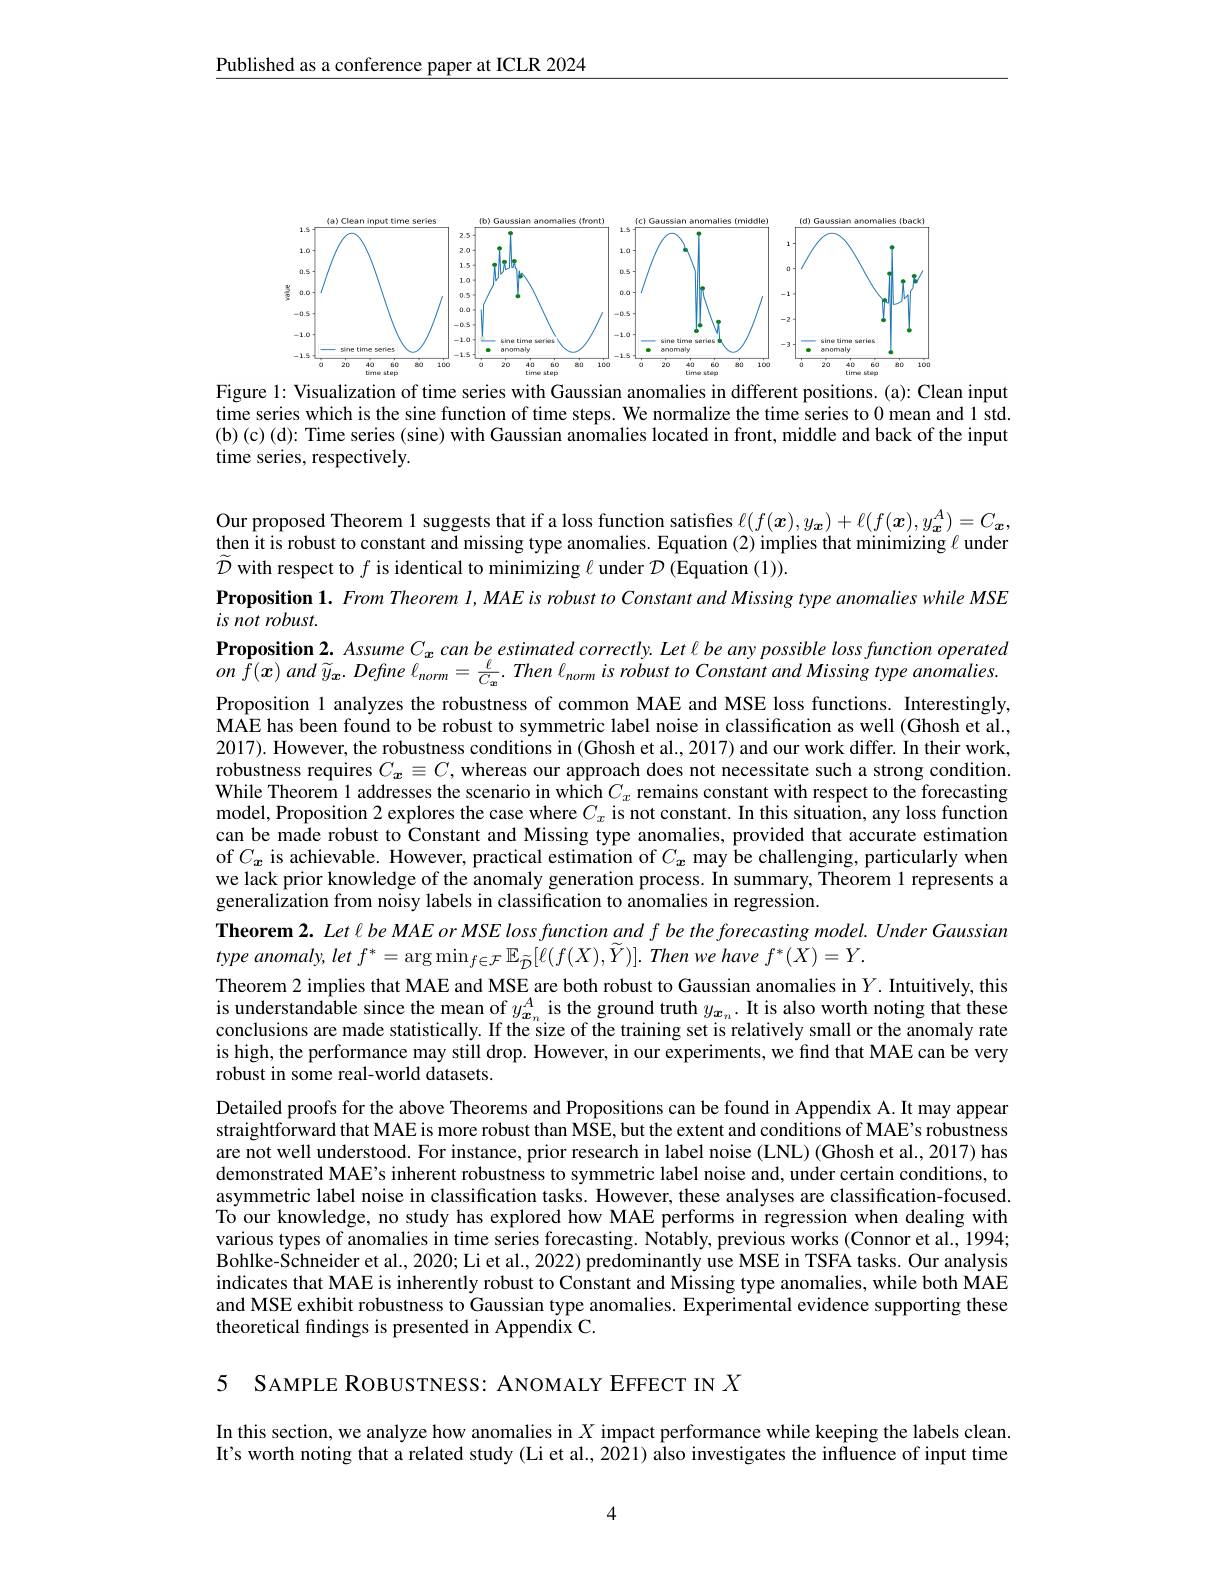
$\underline{\text{Published as a conference paper at ICLR 2024}}$

<FigureHere>
Figure 1: Visualization of time series with Gaussian anomalies in different positions. (a): Clean input

time series which is the sine function of time steps. We normalize the time series to 0 mean and 1 std. (b)(c)(d): Time series (sine) with Gaussian anomalies located in front, middle and back of the input time series, respectively.

Our proposed Theorem 1 suggests that if a loss function satisfies $\ell(f(\boldsymbol{x}),y_{\boldsymbol{x}})+\ell(f(\boldsymbol{x}),y_{\boldsymbol{x}}^{A})=C_{\boldsymbol{x}}$,

then it is robust to constant and missing type anomalies. Equation (2) implies that minimizing $\ell$ under
$\widetilde{\mathcal{D}}$ with respect to $f$ is identical to minimizing $\ell$ under $\mathcal{D}($Equation (1)).
Proposition 1. From Theorem I, MAE is robust to Constant and Missing type anomalies while MSE
is not robust.
Proposition 2. Assume $C_{x}$ can be estimated correctly. Let l be any possible loss function operated $on$ $\bar{f} ( x)$ and $\widetilde{y} _{x}.$ Define $\ell _{norm}= \frac \ell {C_{x}}.$ Then $\ell _{norm}$ $is$ robust $to$ Constant and Missing type $anomalies.$ Proposition 1 analyzes the robustness of common MAE and MSE loss functions. Interestingly, MAE has been found to be robust to symmetric label noise in classification as well (Ghosh et al., 2017). However, the robustness conditions in (Ghosh et al., 2017) and our work differ. In their work, robustness requires $C_{\boldsymbol{x}}\equiv C$, whereas our approach does not necessitate such a strong condition. $\hat{\text{While Theorem }1}$ addresses the scenario in which $C_x$ remains constant with respect to the forecasting model, Proposition 2 explores the case where $C_x$ is not constant. In this situation, any loss function can be made robust to Constant and Missing type anomalies, provided that accurate estimation of $C_x$ is achievable. However, practical estimation of $C_x$ may be challenging, particularly when we lack prior knowledge of the anomaly generation process. In summary, Theorem 1 represents a generalization from noisy labels in classification to anomalies in regression.
Theorem 2. Let l be MAE or MSE loss function and f be the forecasting model. Under Gaussian
type $anomaly$, let $f^{* }= \arg \min _{f\in \mathcal{F} }\mathbb{E} _{\tilde{\mathcal{D} } }[ \ell ( f( X) , \tilde{Y} ) ] .$ Then $we$ have $f^{* }( X) = Y.$
Theorem 2 implies that MAE and MSE are both robust to Gaussian anomalies in $Y.$ Intuitively, this is understandable since the mean of $y_{\boldsymbol{x}_n}^A$ is the ground truth $y_{\boldsymbol{x}_n}.$ It is also worth noting that these conclusions are made statistically. If the size of the training set is relatively small or the anomaly rate is high, the performance may still drop. However, in our experiments, we find that MAE can be very robust in some real-world datasets.
Detailed proofs for the above Theorems and Propositions can be found in Appendix A. It may appear straightforward that MAE is more robust than MSE, but the extent and conditions of MAE's robustness are not well understood. For instance, prior research in label noise (LNL) (Ghosh et al., 2017) has demonstrated MAE's inherent robustness to symmetric label noise and, under certain conditions, to asymmetric label noise in classification tasks. However, these analyses are classification-focused. To our knowledge, no study has explored how MAE performs in regression when dealing with various types of anomalies in time series forecasting. Notably, previous works (Connor et al., 1994; Bohlke-Schneider et al., 2020; Li et al., 2022) predominantly use MSE in TSFA tasks. Our analysis indicates that MAE is inherently robust to Constant and Missing type anomalies, while both MAE and MSE exhibit robustness to Gaussian type anomalies. Experimental evidence supporting these theoretical fndings is presented in Appendix C.

5 SAMPLE ROBUSTNESS: ANOMALY EFFECT IN $X$

In this section, we analyze how anomalies in $X$ impact performance while keeping the labels clean. It's worth noting that a related study (Li et al., 2021) also investigates the influence of input time

4